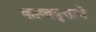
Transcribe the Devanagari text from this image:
काव्यवृत्ताचे